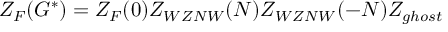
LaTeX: Z _ { F } ( G ^ { * } ) = Z _ { F } ( 0 ) Z _ { W Z N W } ( N ) Z _ { W Z N W } ( - N ) Z _ { g h o s t }